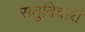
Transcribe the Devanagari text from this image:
सतुविचारी